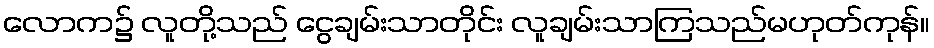
လောက၌ လူတို့သည် ငွေချမ်းသာတိုင်း လူချမ်းသာကြသည်မဟုတ်ကုန်။